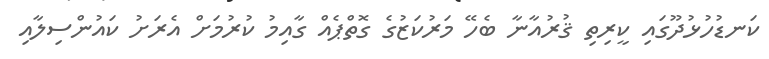
ކަނޑުހުޅުދޫގައި ކީރިތި ޤުރުއާނާ ބެހޭ މަރުކަޒުގެ ގޮތްޕެއް ގާއިމު ކުރުމަށް އެރަށު ކައުންސިލާއި